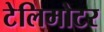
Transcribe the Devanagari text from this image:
टेलिमोटर